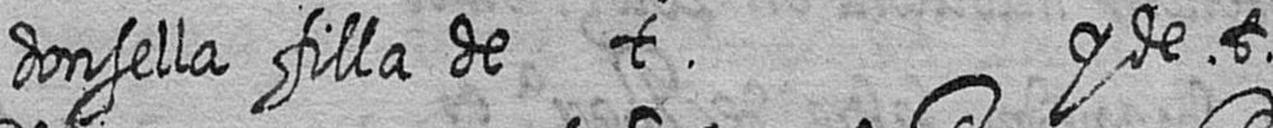
donsella filla de t y de t